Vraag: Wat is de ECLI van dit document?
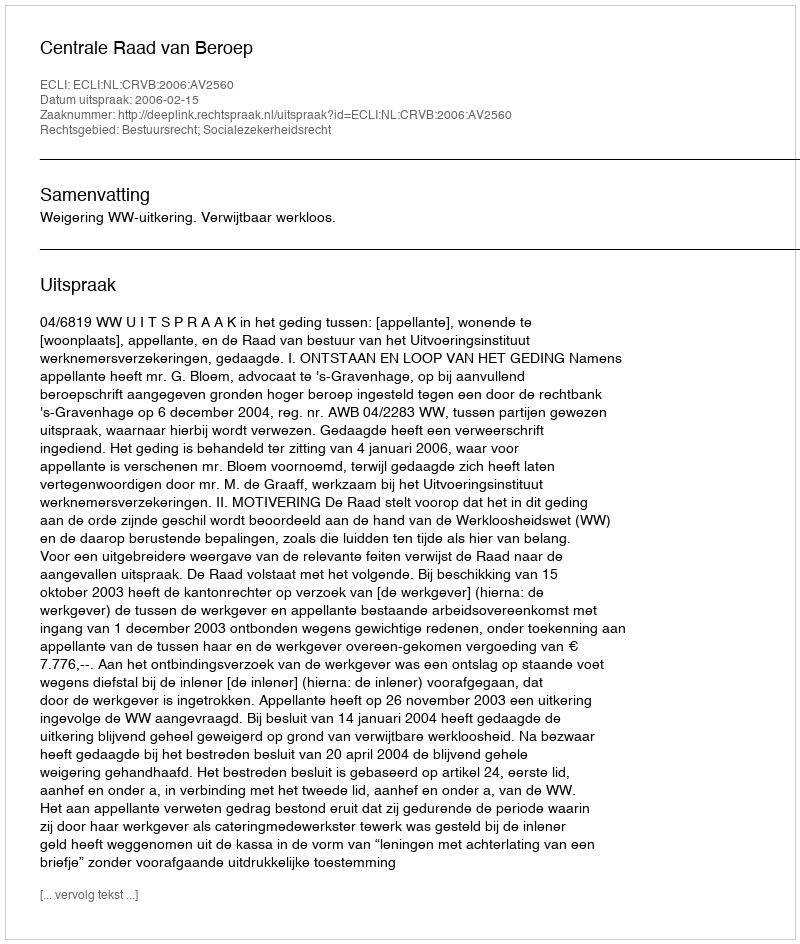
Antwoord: ECLI:NL:CRVB:2006:AV2560